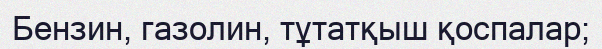
Бензин, газолин, тұтатқыш қоспалар;